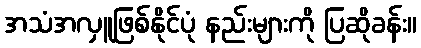
အသံအလှူဖြစ်နိုင်ပုံ နည်းများကို ပြဆိုခန်း။